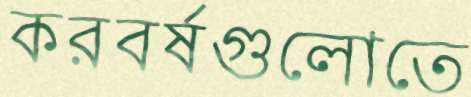
করবর্ষগুলোতে